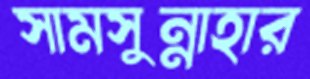
সামসুন্নাহার